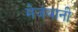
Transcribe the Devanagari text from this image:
मेजंबानी